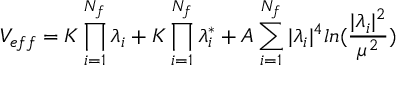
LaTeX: V _ { e f f } = K \prod _ { i = 1 } ^ { N _ { f } } \lambda _ { i } + K \prod _ { i = 1 } ^ { N _ { f } } \lambda _ { i } ^ { * } + A \sum _ { i = 1 } ^ { N _ { f } } \vert \lambda _ { i } \vert ^ { 4 } l n ( \frac { \vert \lambda _ { i } \vert ^ { 2 } } { \mu ^ { 2 } } )